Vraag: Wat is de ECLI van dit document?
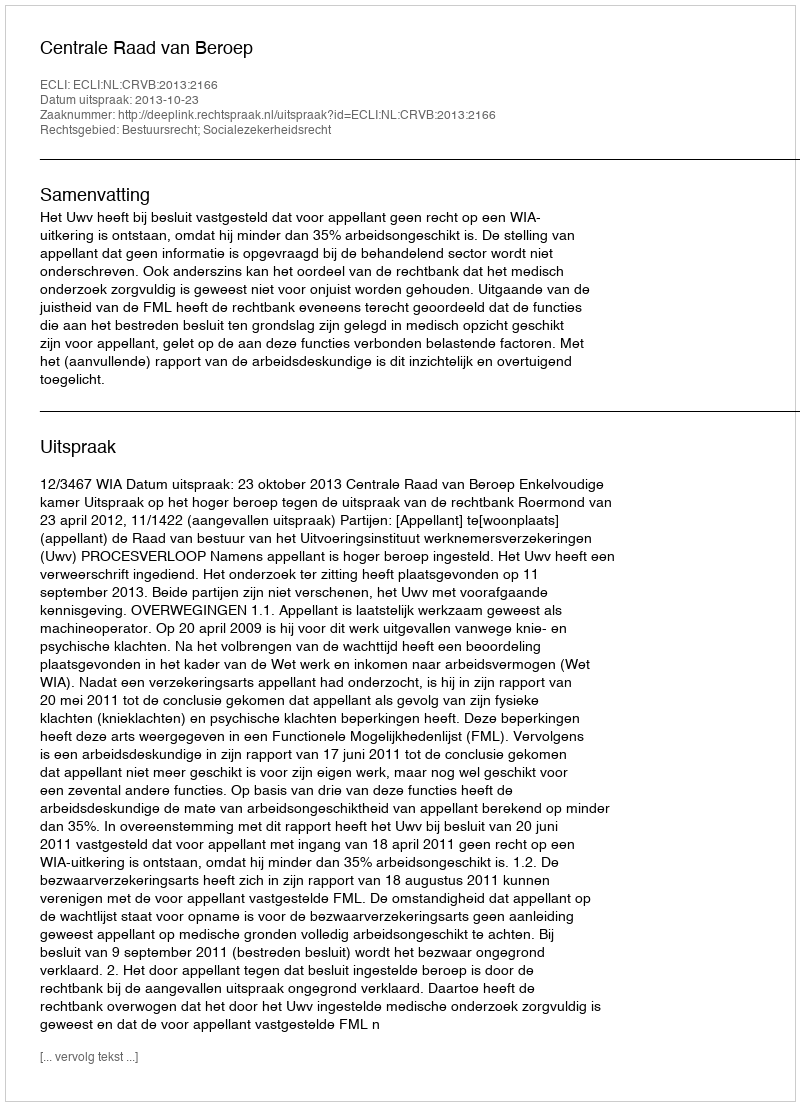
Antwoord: ECLI:NL:CRVB:2013:2166